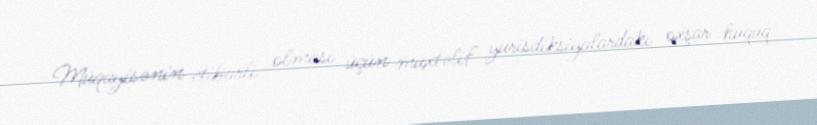
Müqayisənin etibarlı olması üçün müxtəlif yurisdiksiyalardakı oxşar hüquq